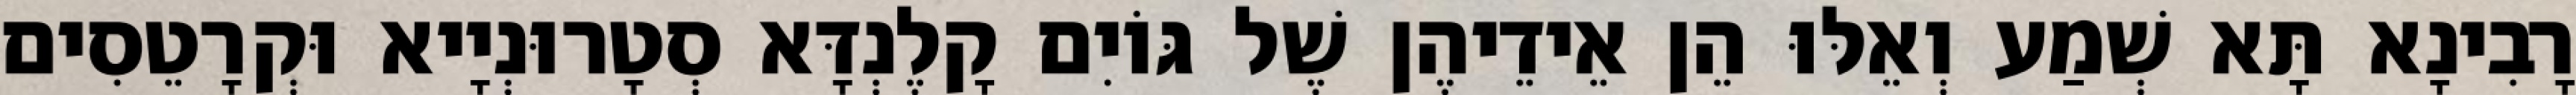
רָבִינָא תָּא שְׁמַע וְאֵלּוּ הֵן אֵידֵיהֶן שֶׁל גּוֹיִם קָלֶנְדָּא סְטָרוּנְיָיא וּקְרָטֵסִים